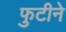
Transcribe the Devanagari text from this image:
फुटीने